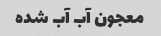
معجون آب آب شده